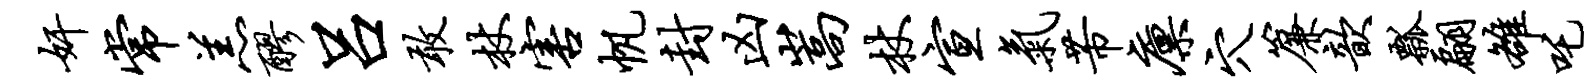
奸常羔醪吕敢杖害帆封凶嵩杖宣气芾廪穴帘歆瓢翩雒吒